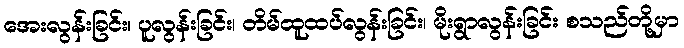
အေးလွန်းခြင်း၊ ပူလွန်းခြင်း၊ တိမ်ထူထပ်လွန်းခြင်း၊ မိုးရွာလွန်းခြင်း စသည်တို့မှာ